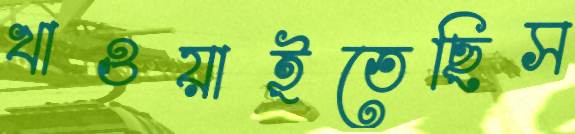
খাওয়াইতেছিস